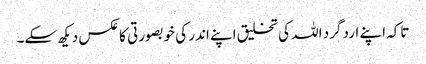
تاکہ اپنے ارد گرد اللہ کی تخلیق اپنے اندر کی خوبصورتی کا عکس دیکھ سکے۔